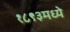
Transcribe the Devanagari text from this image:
१८९३मध्ये